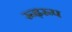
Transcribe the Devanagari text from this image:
रूढ़रूप